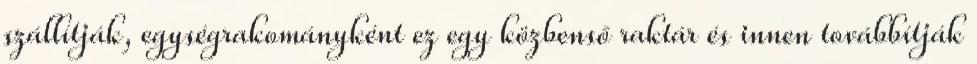
szállítják, egységrakományként ez egy közbenső raktár és innen továbbítják